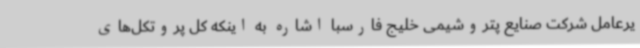
یرعامل شرکت صنایع پتروشیمی خلیج فارسبا اشاره به اینکه کل پروتکل‌های